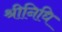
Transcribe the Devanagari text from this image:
श्रीनिधि